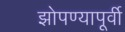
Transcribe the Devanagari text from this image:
झोपण्यापूर्वी